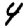
Digit: 4